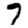
Digit: 7